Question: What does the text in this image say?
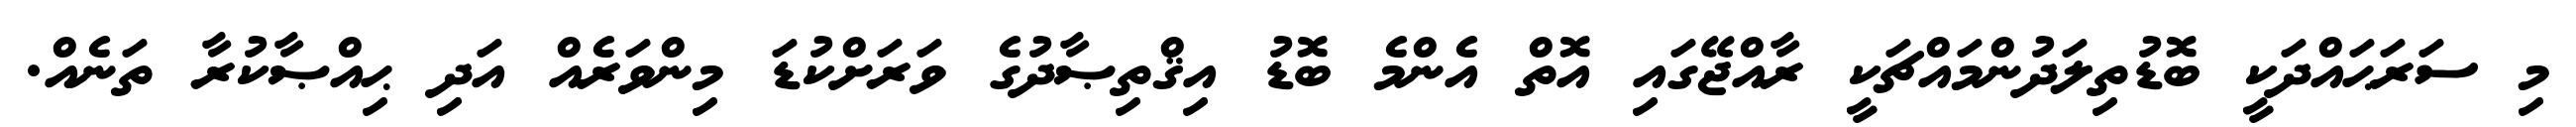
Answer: މި ސަރަޙައްދަކީ ބޮޑުތިލަދުންމައްޗަކީ ރާއްޖޭގައި އޮތް އެންމެ ބޮޑު އިޤްތިޞާދުގެ ވަރަށްކުޑަ މިންވަރެއް އަދި ޙިއްޞާކުރާ ތަނެއް.